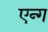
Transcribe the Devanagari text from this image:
एन्ग